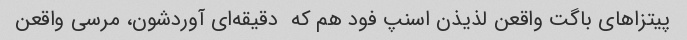
پیتزاهای باگت واقعن لذیذن اسنپ فود هم که  دقیقه‌ای آوردشون، مرسی واقعن